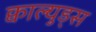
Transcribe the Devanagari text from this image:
क्वाल्युड्स